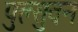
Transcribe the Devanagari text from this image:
पुल्सुवन